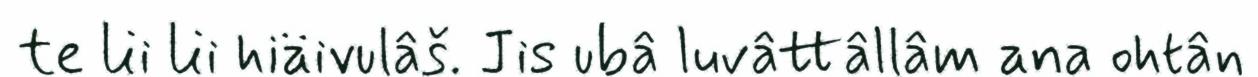
te lii lii hiäivulâš. Jis ubâ luvâttâllâm ana ohtân